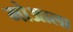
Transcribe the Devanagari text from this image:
मोआला